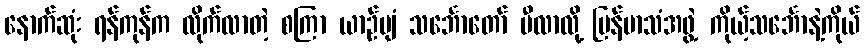
နောက်ဆုံး ရန်ကုန်က လိုက်လာတဲ့ စကြာ ယာဉ်ပျံ သင်္ဘောတော် မီလာလို့ မြန်မာသံအဖွဲ့ ကိုယ့်သင်္ဘောနဲ့ကိုယ်